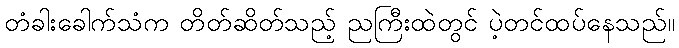
တံခါးခေါက်သံက တိတ်ဆိတ်သည့် ညကြီးထဲတွင် ပဲ့တင်ထပ်နေသည်။